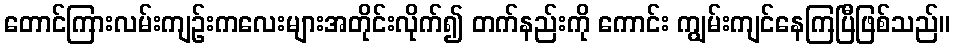
တောင်ကြားလမ်းကျဉ်းကလေးများအတိုင်းလိုက်၍ တက်နည်းကို ကောင်း ကျွမ်းကျင်နေကြပြီဖြစ်သည်။